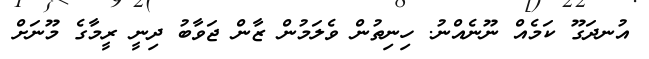
އުނދަގޫ ކަމެއް ނޫނެއްނު. ހިނިތުން ވެލަމުން ޒާން ޖަވާބު ދިނީ ރީމާގެ މޫނަށް